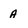
Character: A